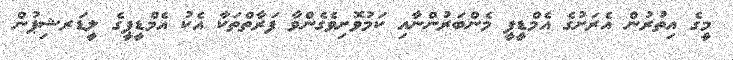
މީގެ އިތުރުން އެރަށުގެ އެމްޑީޕީ މެންބަރުންނާއި ކަމުވޮށިވެގެންވާ ފަރާތްތަކާ އެކު އެމްޑީޕީގެ ލީޑަރޝިޕުން